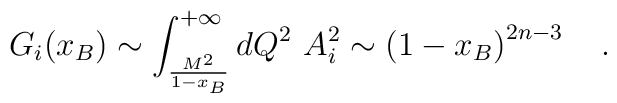
G_i(x_B)\sim\int_{\frac{M^2}{1-x_B}}^{+\infty}dQ^2\,\, A_i^2\sim\left(1-x_B\right)^{2n-3}\quad.